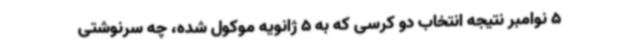
5 نوامبر نتیجه انتخاب دو کرسی که به 5 ژانویه موکول شده، چه سرنوشتی